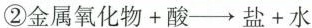
②金属氧化物+酸\rightarrow盐+水